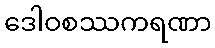
ဒေါဝစဿကရဏာ